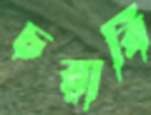
চরাবি